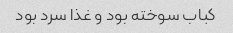
کباب سوخته بود و غذا سرد بود